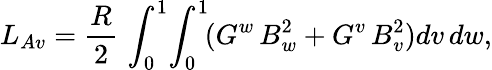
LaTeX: L_{Av}=\frac{R}{2}\, \int_{0}^{1}\! \int_{0}^{1}\! (G^{w}\, B_{w}^{2}+G^{v}\, B_{v}^{2})dv\, dw,